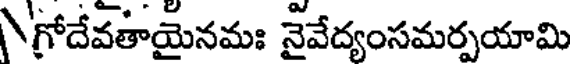
గోదేవతాయైనమః నైవేద్యంసమర్పయామి